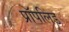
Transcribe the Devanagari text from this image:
प्रॉपलिड